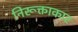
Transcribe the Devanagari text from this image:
निरूक्ताकार